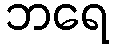
ဘရေ